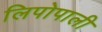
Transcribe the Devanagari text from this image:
लिपोपाली